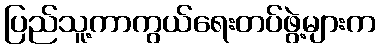
ပြည်သူ့ကာကွယ်ရေးတပ်ဖွဲ့များက